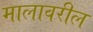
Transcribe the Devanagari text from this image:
मालावरील